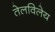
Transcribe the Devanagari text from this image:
तेलविलेय